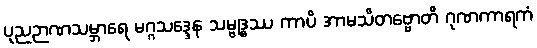
ပုညဉာဏသမ္ဘာရေ မဂ္ဂသဒ္ဒေန သမ္ဗုဒ္ဓဿ ကာပိ အာမသိတဗ္ဗောတိ ဂုဏကာရကံ